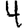
Digit: 4